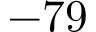
- 7 9